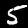
Digit: 5